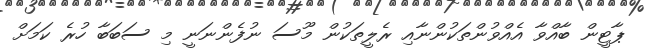
ޕާޓީން ބާއްވާ އެއްވުންތަކުންނާއި ރެލީތަކުން މޫސަ ނުފެންނަނީ މި ސަބަބާ ހުރެ ކަމަށް